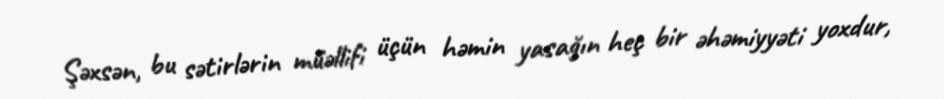
Şəxsən, bu sətirlərin müəllifi üçün həmin yasağın heç bir əhəmiyyəti yoxdur,